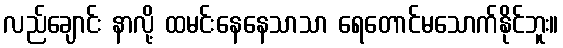
လည်ချောင်း နာလို့ ထမင်းနေနေသာသာ ရေတောင်မသောက်နိုင်ဘူး။